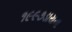
૧૯૯૭ડાયના